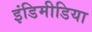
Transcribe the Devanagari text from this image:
इंडिमीडिया